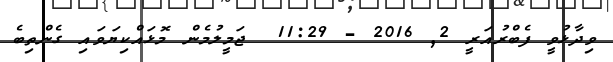
ވިދާޅުވީ ފެބްރުއަރީ 2